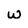
Character: w